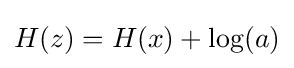
H(z)=H(x)+\log(a)